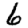
Digit: 6